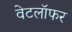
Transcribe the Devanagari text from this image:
वेटलॉफर